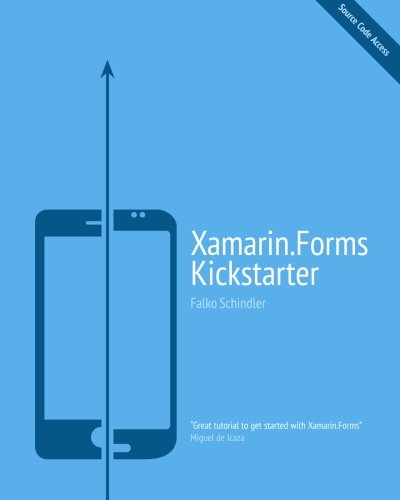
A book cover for Xamarin.Forms Kickstarter: Compilable Code Examples for Solving Typical Cross-platform Tasks; Falko Schindler; Computers & Technology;